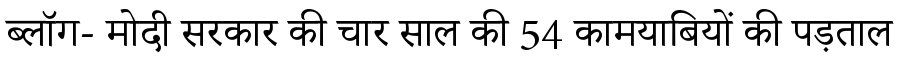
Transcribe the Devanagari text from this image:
ब्लॉग- मोदी सरकार की चार साल की 54 कामयाबियों की पड़ताल